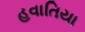
હવાતિયા